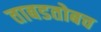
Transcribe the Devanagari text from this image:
ताबडतोबच